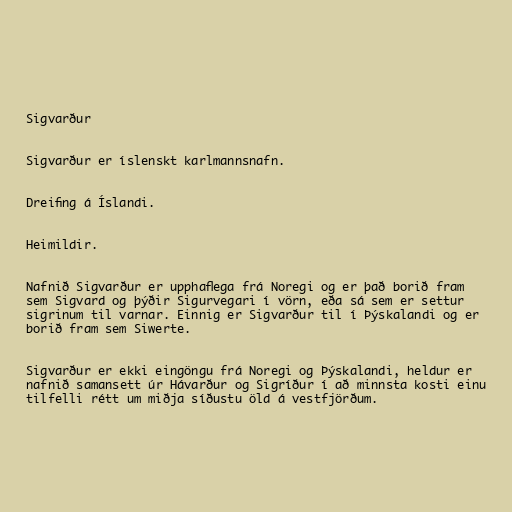
Sigvarður

Sigvarður er íslenskt karlmannsnafn.

Dreifing á Íslandi.

Heimildir.

Nafnið Sigvarður er upphaflega frá Noregi og er það borið fram
sem Sigvard og þýðir Sigurvegari í vörn, eða sá sem er settur
sigrinum til varnar. Einnig er Sigvarður til í Þýskalandi og er
borið fram sem Siwerte.

Sigvarður er ekki eingöngu frá Noregi og Þýskalandi, heldur er
nafnið samansett úr Hávarður og Sigríður í að minnsta kosti einu
tilfelli rétt um miðja síðustu öld á vestfjörðum.